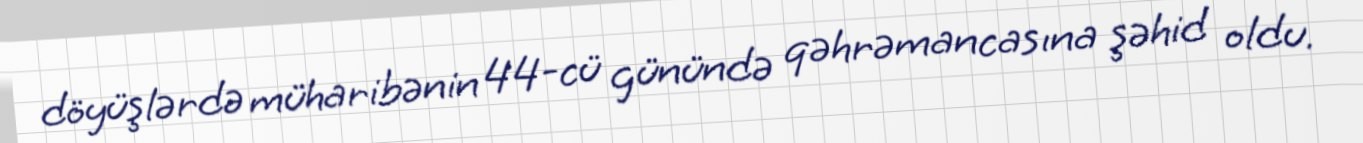
döyüşlərdə müharibənin 44-cü günündə qəhrəmancasına şəhid oldu.